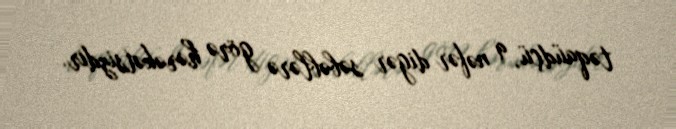
təqaüdçü, 9 nəfər digər səbəblərə görə hərəkətsizdir.